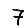
Digit: 7